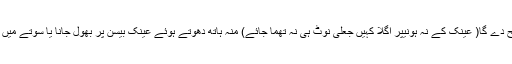
اس وقت اس کو کوئی پانچ ہزار کا نوٹ دے تو وہ اس کی بجائے عینک کو ترجیح دے گا( عینک کے نہ ہونیپر اگلا کہیں جعلی نوٹ ہی نہ تھما جائے) منہ ہاتھ دھوتے ہوئے عینک بیسن پر بھول جانا یا سوتے میں ہاتھ مار کر عینک کو ادھر سیادھر کر دینا ہمارے بھی معمولات میں شامل ہے۔